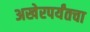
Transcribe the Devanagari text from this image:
अखेरपर्यंतचा